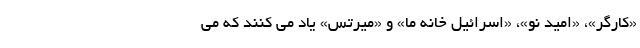
«کارگر»، «امید نو»، «اسرائیل خانه ما» و «میرتس» یاد می کنند که می